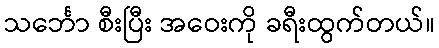
သင်္ဘော စီးပြီး အဝေးကို ခရီးထွက်တယ်။